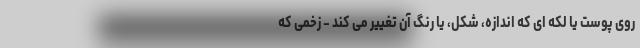
روی پوست یا لکه ای که اندازه، شکل، یا رنگ آن تغییر می کند - زخمی که